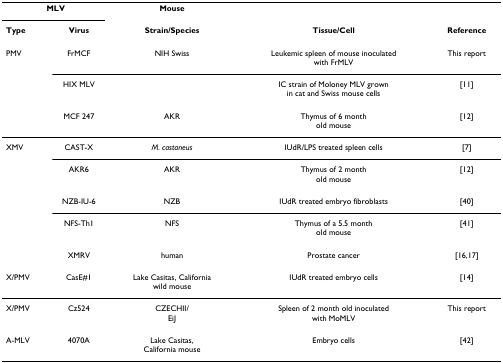
| <COLSPAN=2> MLV | Mouse |  |  |
 | Type | Virus | Strain/Species | Tissue/Cell | Reference |
 | --- | --- | --- | --- | --- |
 | PMV | FrMCF | NIH Swiss | Leukemic spleen of mouse inoculated with FrMLV | This report |
 |  | HIX MLV |  | IC strain of Moloney MLV grown in cat and Swiss mouse cells | [11] |
 |  | MCF 247 | AKR | Thymus of 6 month old mouse | [12] |
 | XMV | CAST-X | M. castaneus | IUdR/LPS treated spleen cells | [7] |
 |  | AKR6 | AKR | Thymus of 2 month old mouse | [12] |
 |  | NZB-IU-6 | NZB | IUdR treated embryo fibroblasts | [40] |
 |  | NFS-Th1 | NFS | Thymus of a 5.5 month old mouse | [41] |
 |  | XMRV | human | Prostate cancer | [16,17] |
 | X/PMV | CasE#1 | Lake Casitas, California wild mouse | IUdR treated embryo cells | [14] |
 | X/PMV | Cz524 | CZECHII/EiJ | Spleen of 2 month old inoculated with MoMLV | This report |
 | A-MLV | 4070A | Lake Casitas, California mouse | Embryo cells | [42] |